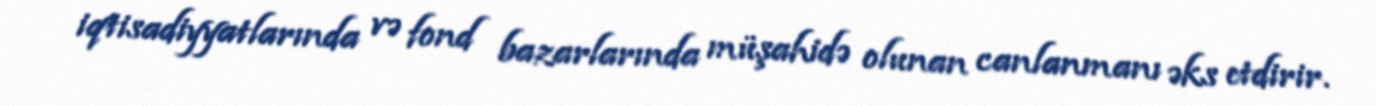
iqtisadiyyatlarında və fond bazarlarında müşahidə olunan canlanmanı əks etdirir.